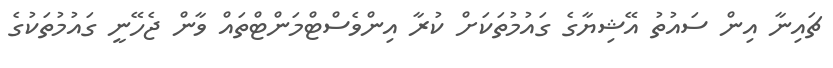
ޗައިނާ އިން ސައުތު އޭޝިޔާގެ ގައުމުތަކަށް ކުރާ އިންވެސްޓްމަންޓްތައް ވާން ޖެހޭނީ ގައުމުތަކުގެ